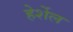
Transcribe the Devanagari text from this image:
हेर्शेल